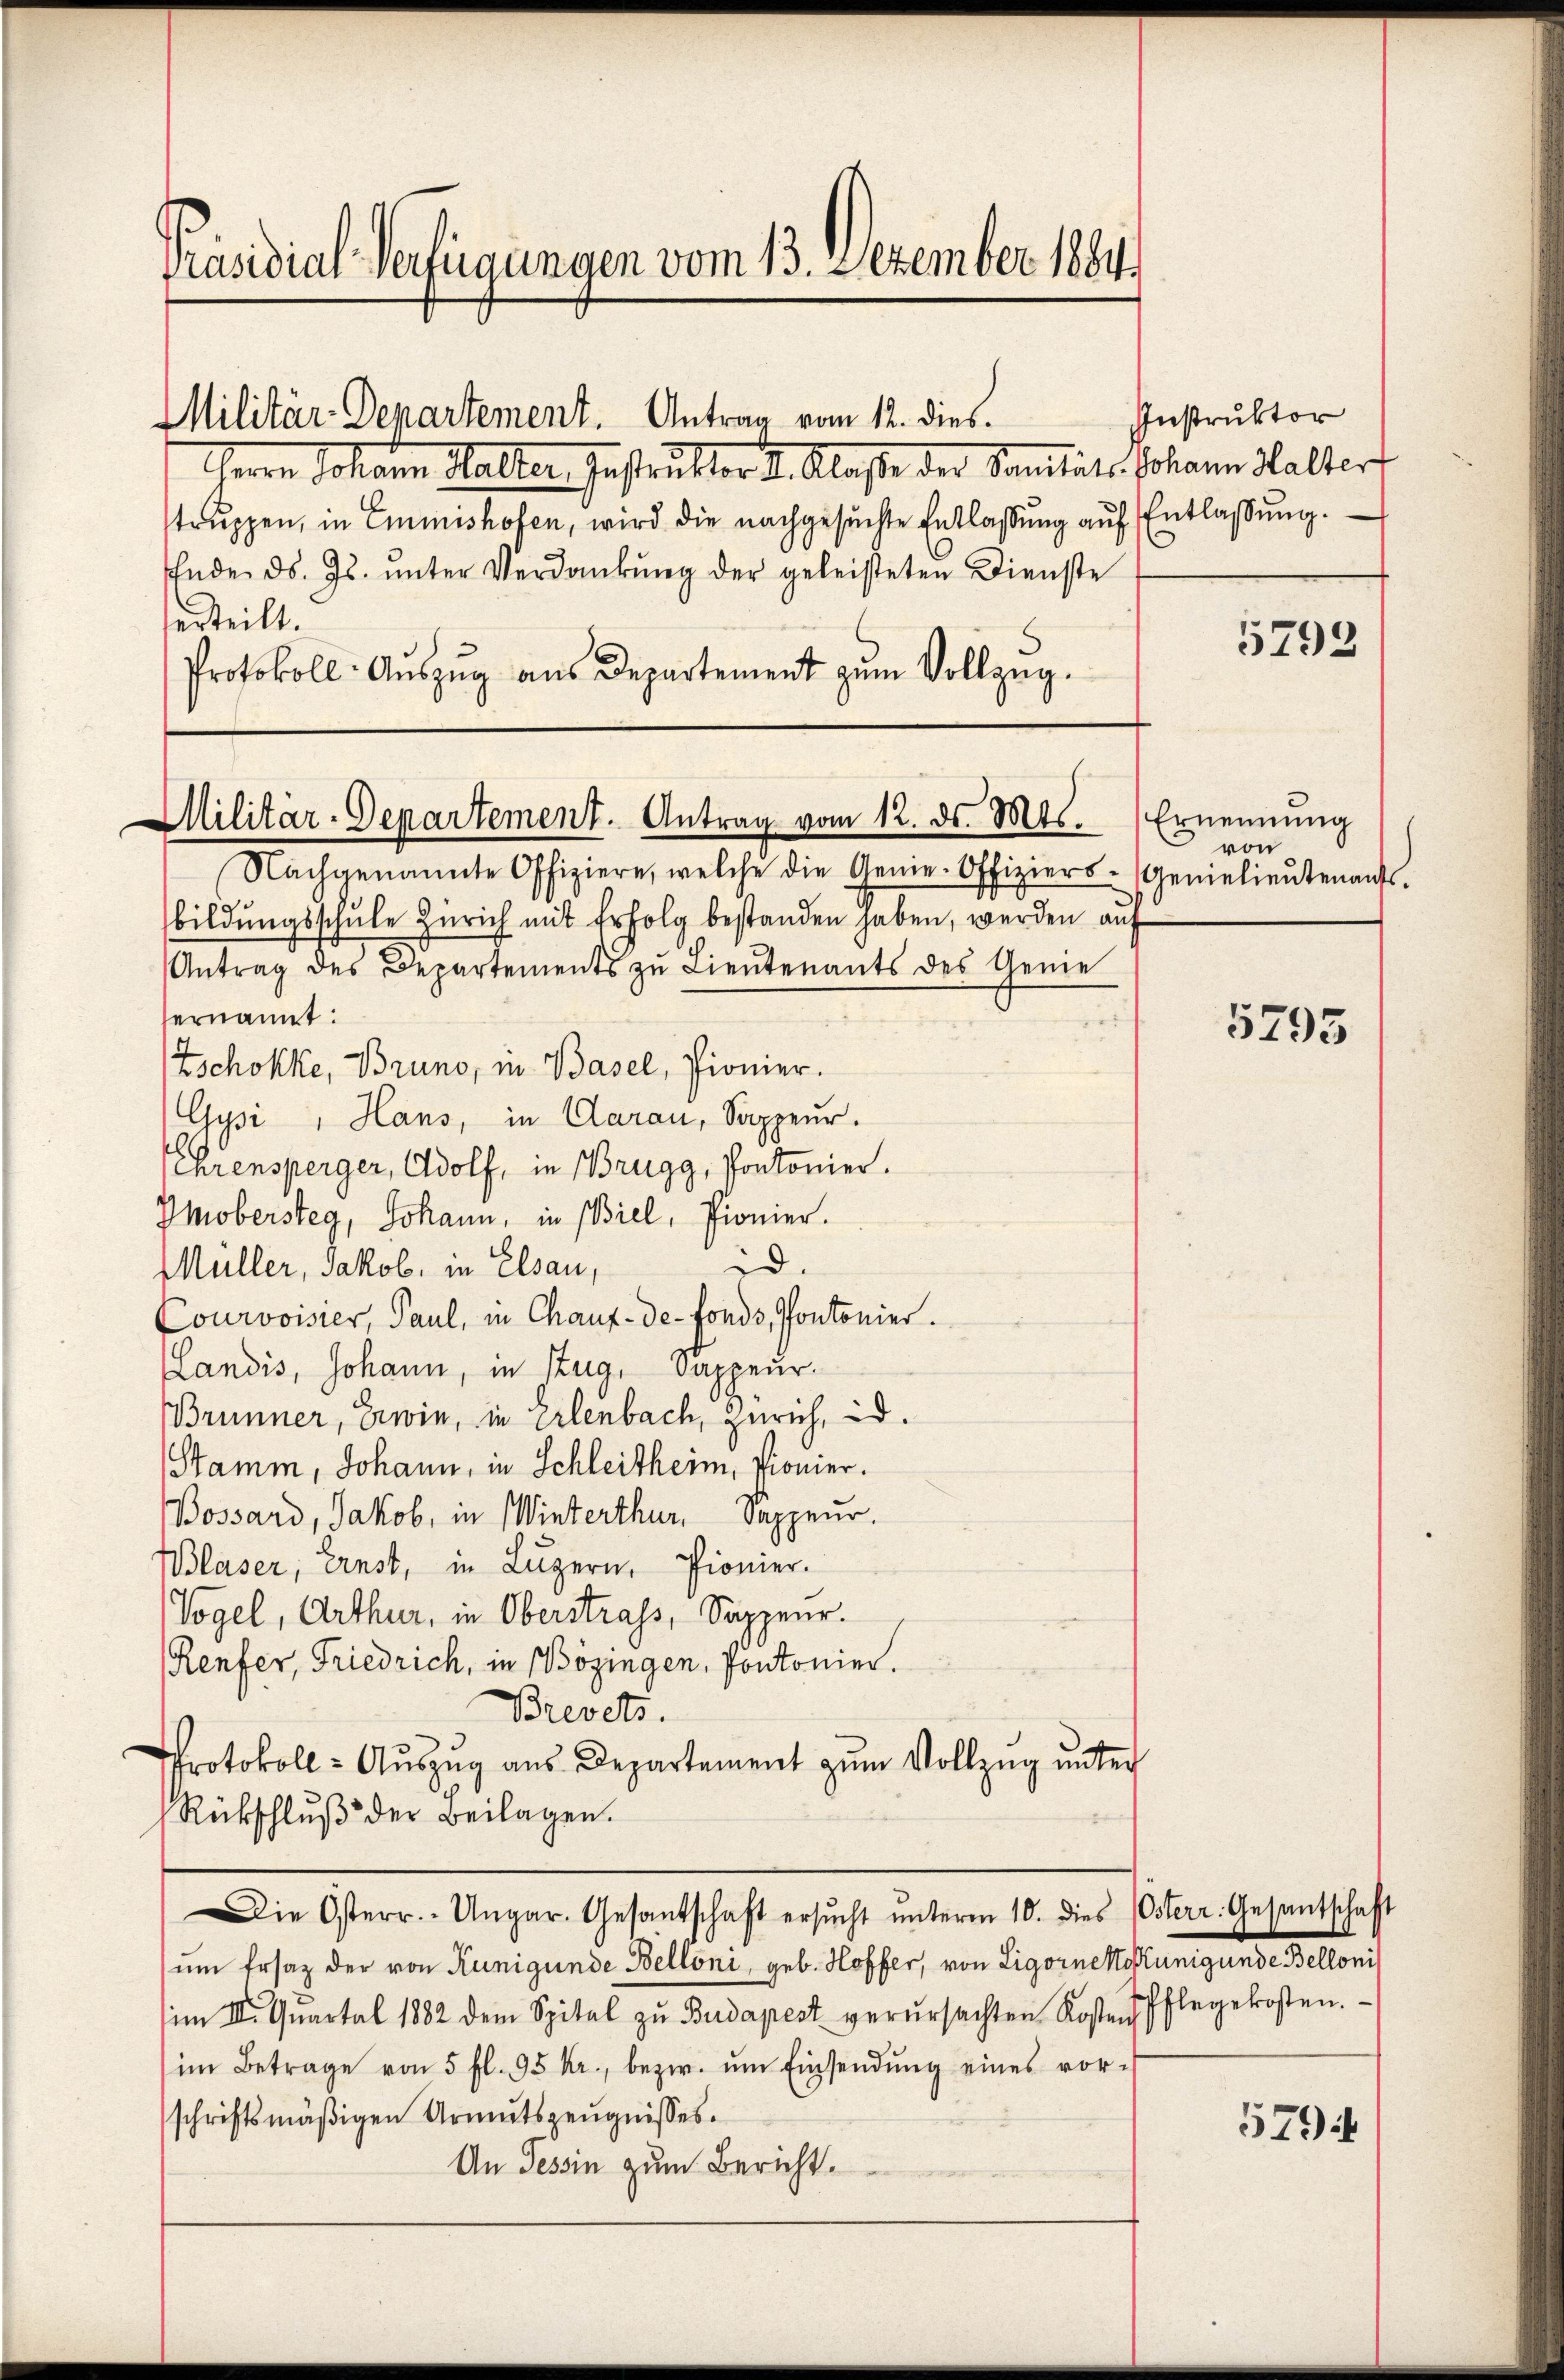
Präsidial-Verfügungen vom 13. Dezember 1884

Herrn Johann Malter Instruktor 2. Klasse der Sanität. Johann Halter
truppen, in Emmishofen, wird die nachgesuchte Entlassŭng aŭf Entlassŭng.
Ende d. Js. ŭnter Verdankŭng der geleisteten Dienste
erteilt.
Protokoll: Auszug aus Departement zum Vollzug.

Militär-Departement. Antrag vom 12. ds. Mts.

Nachgenannte Offiziere, welche die Genie-Offiziers-Gerielieŭtenaŭs.
bildŭngsschŭle Zürich mit Erfolg bestanden haben, werden aŭf
Antrag des Departements zu Lieŭtenants des Genie
ernannt:
Zschokke, Bruno, in Basel, Pionier.
Gysi, Hans, in Aarau, Sappeur.
Ehrensperger, Adolf, in Brugg, Pontonier.
Imobersteg, Johann, in Biel, Pionier.
d.
Müller, Jakob, in Elsau,
Courvoisier, Paul, in Chaux-de-Fonds, Pontonier.
(Landis, Johann, in Zug, Sappeur¬
Brunner, Erwie, in Erlenbach, Zürich, id
Stamm, Johann, in Schleitheim, Pionier.
Bossard, Jakob, in Winterthur, Sappeur.
Blaser, Ernst, in Luzern, Pionier.
Vogel, Arthur, in Oberstrafs, Sappeur.
Renfer, Friedrich, in Bözingen, Pontonier.
Brevets.
Protokoll - Auszug aus Departement zum Vollzug unter
Rückschluß der Beilagen.
Die Osterr.- Ungar. Gesandschaft ersŭcht ŭnterm 10. dies Osterr. Gesantschaft
um Ersatz der von Kunigunde Belloni, geb. Hoffer, von Ligornestokunigunde Bellonis
im II. Quartal 1882 dem Spital zŭ Budapest verŭrsachten Kosten Pflegekosten.
im Betrage von 5 fl. 95 kr., bezw. ŭm Einsendŭng eines vor-
schriftsmäßigen Armutszeugnisses.
An Tessin zum Bericht.

Militär-Departement. Antrag vom 12. dies.

Instruktor

5792

Ernennung
von

5295

5794